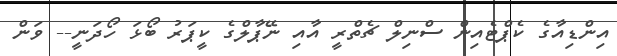
އިންޑިއާގެ ކެޕްޓެއިން ސްނިލް ޗެތްރީ އާއި ނޭޕާލްގެ ކީޕަރު ބޯޅަ ހޯދަނީ-- ވަން